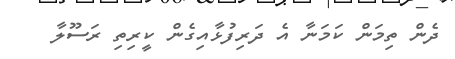
ދެން ތިމަން ކަމަނާ އެ ދަރިފުޅާއިގެން ކީރިތި ރަސޫލާ